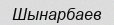
Шынарбаев